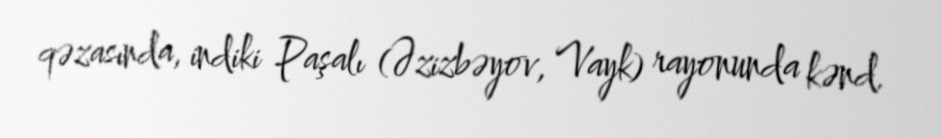
qəzasında, indiki Paşalı (Əzizbəyov, Vayk) rayonunda kənd.